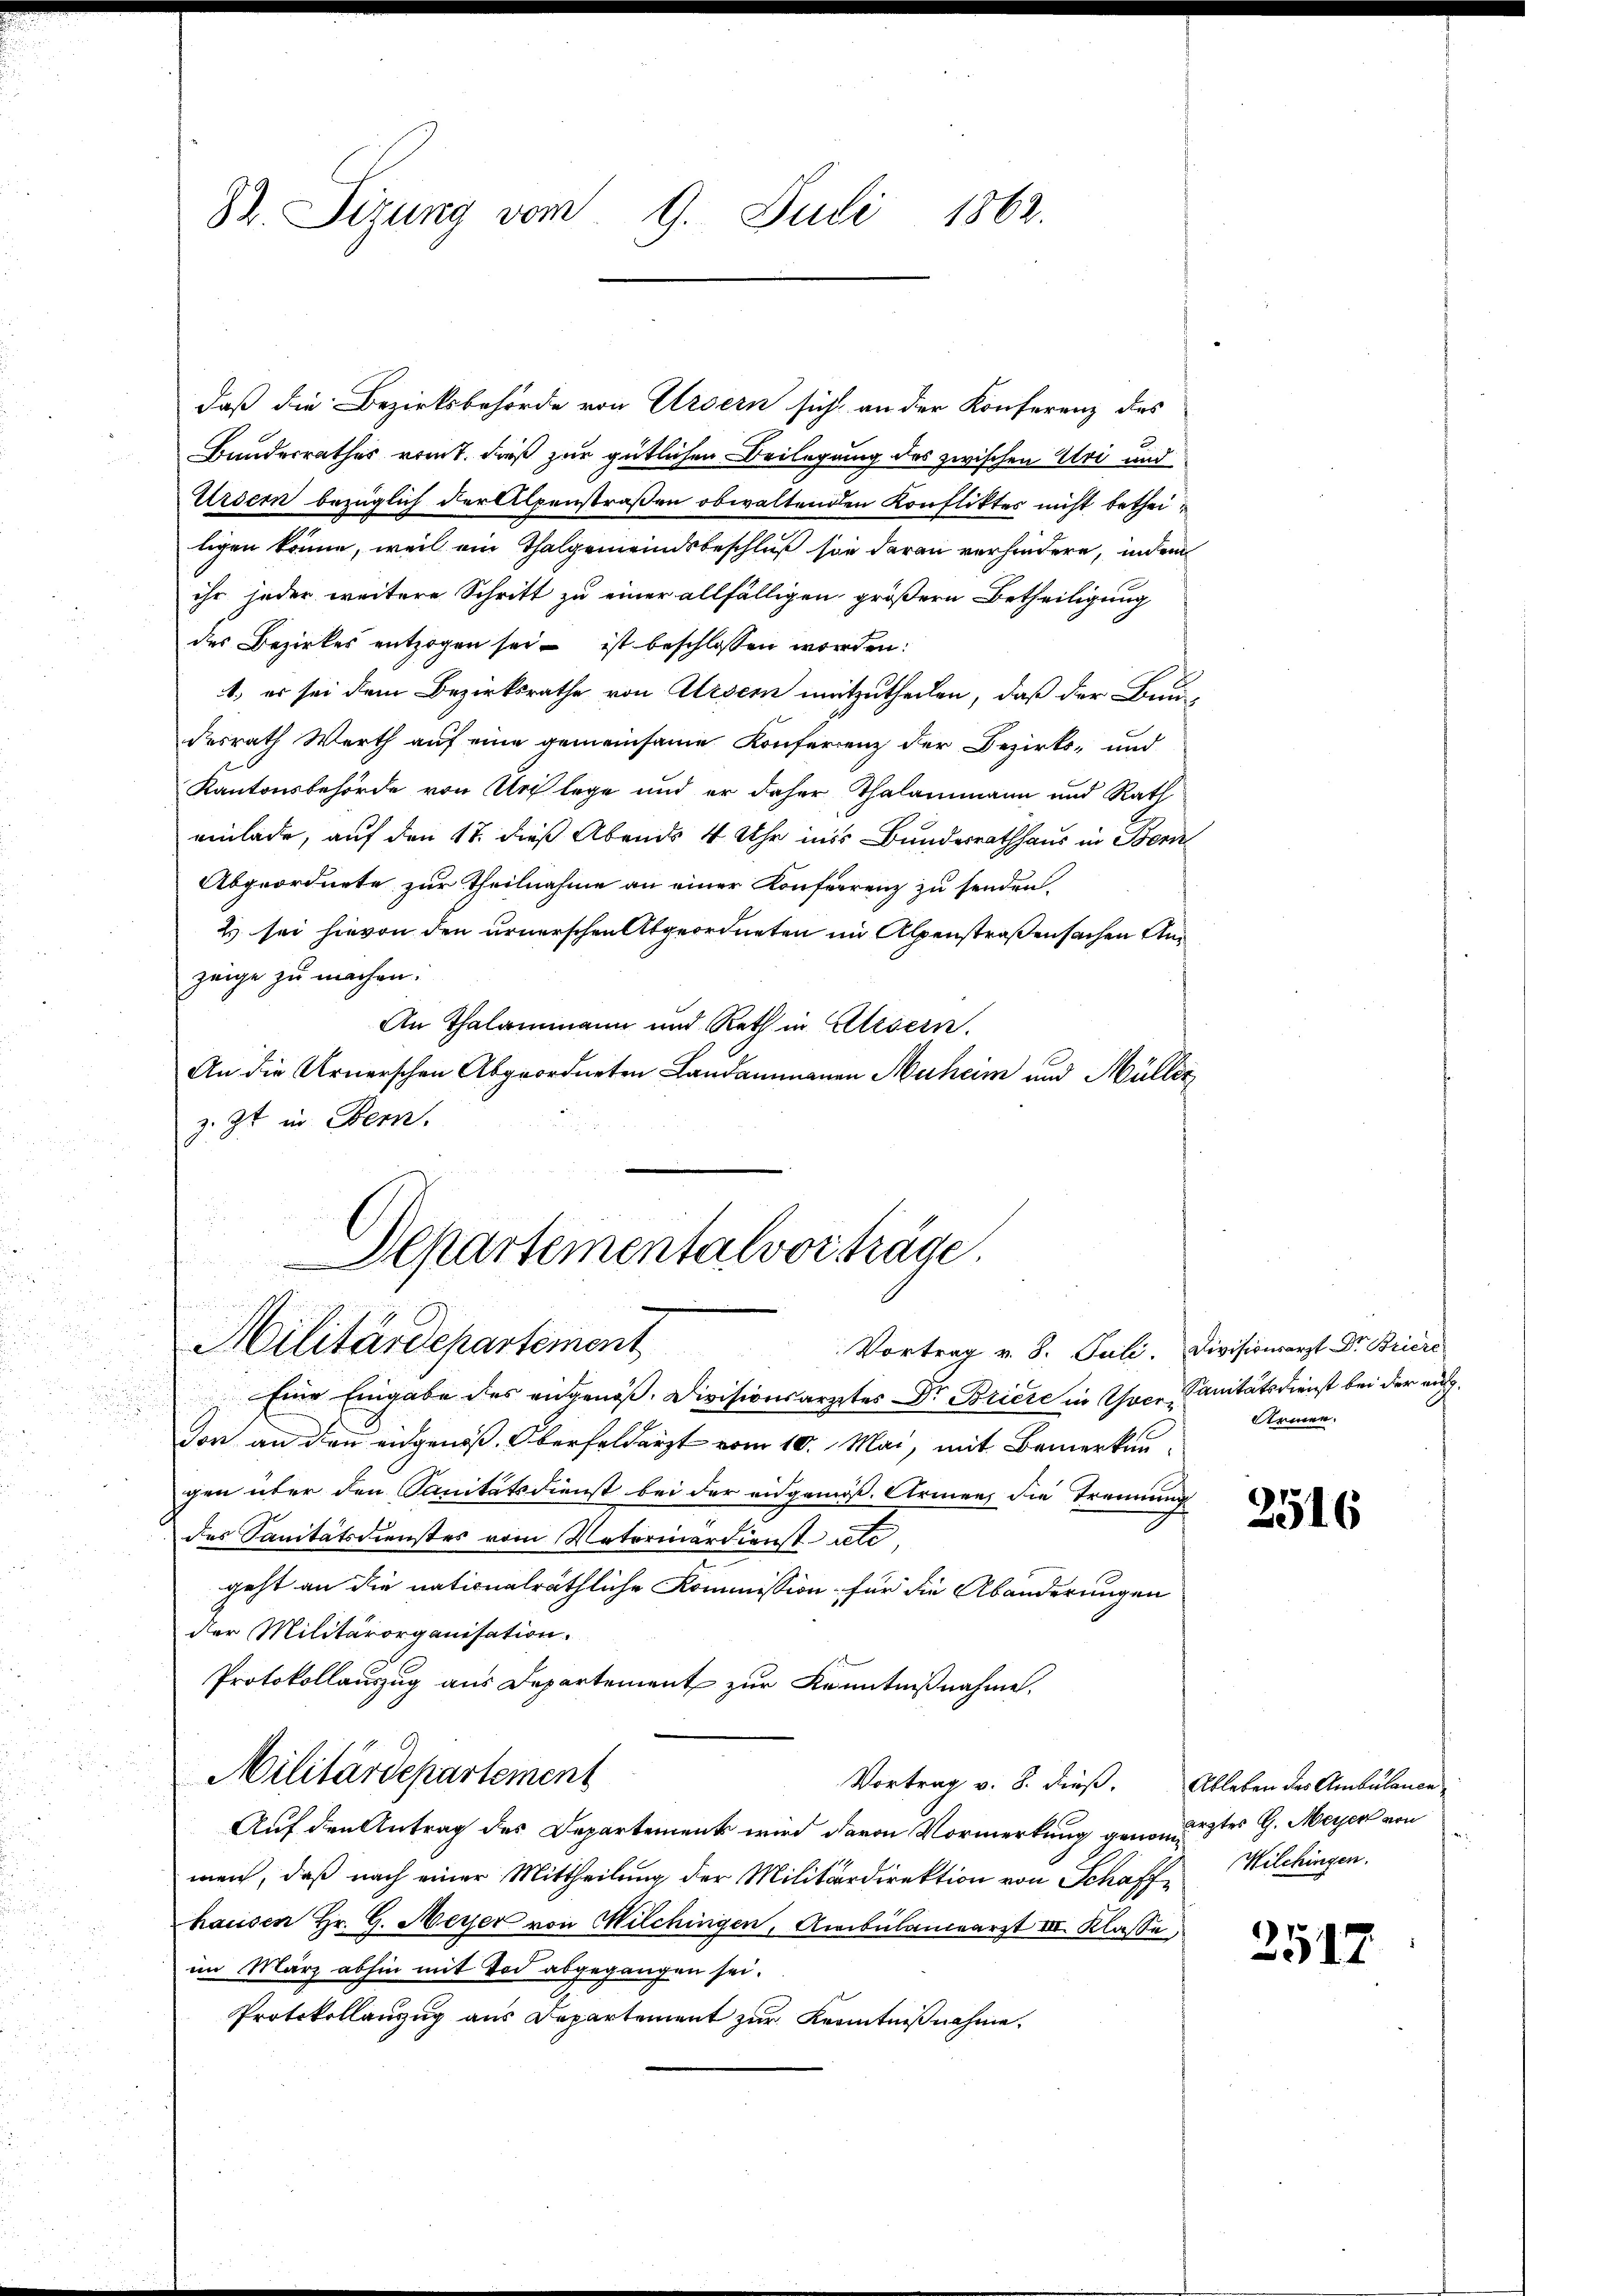
82. Sizung vom 9. Juli 1862.

daß die Bezirksbehörde von Ursern sich an der Konferenz des
Bundesrathes vom 1. daß zur gütlichen Beilegung des zwischen Uri und
Urdern bezüglich der Alpenstraßen obwaltenden Konfliktes nicht betheiligen könne, weil ein Thalgemeindsbeschluß sie daran verhindere, indem
ihr jeder weitere Schritt zu einer allfälligen größern Betheiligung
des Bezirkes entzogen sei, ist beschlossen worden:
1. es sei dem Bezirksrathe von Arsen mitzutheilen, daß der Bun
desrath Werth auf eine gemeinsame Konferenz der Bezirks- und
Kantonsbehörde von Urlege und er daher Thalammann und Rath
einlade, auf den 18. dieß Abends 4 Uhr ins Bundesrathhaus in Bern
Abgeordnete zur Theilnahme an einer Konferrenz zu senden.
Es sei hievon den urnerschen Abgeordneten im Alpenstraßensachen Anzeige zu machen.
An Thalammann und Reth in Elisern.
An die Arnerschen Abgeordneten Landammannen Muheim und Müller
z. Zt. in Bern.

Departementalvorträge.
Militärdepartement
d

Vortrag v. 8. Juli. Divisionsarzt Dr. Briere
Eine Eingabe des angenoss. Divisionsarztes Dr. Briere in Auer, Sanitätsdienst bei der aufdon an den eidgenöß. Oberfeldarzt vom 10. Mai, mit Bemerken
gen über den Sanitätsdienst bei der eidgenöß. Armen, die Trennung
des Sanitätsdienstes vom Vaterinärdienstrete
geht an die nationalräthliche Kommission für die Abänderungen
der Militärorganisation.
Protokollauszug aus Departement zur Kenntnißnahme.
Militärdepartement
Vortrag v. 8. dieß. Ableben des Ambulanen
Auf den Antrag des Departement wird davon Vormerkung genommestes G. Meyer von
wen, daß nach einer Mittheilung der Militärdirektion von Schaff Wilchingen.
hausen Hr. G. Meyer von Milchingen, Ambulanzarzt III Klasse,
im März abhin mit Tod abgegangen sei.
Protokollanzug aus Departement zur Kenntnißnahme.

Armen.

2516

2517